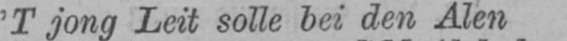
’T jong Leit solle bei den Alen